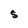
Character: S